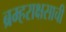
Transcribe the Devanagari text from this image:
ब्रम्हराक्षसाची